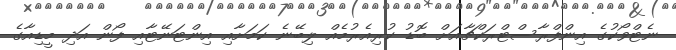
ނެޓްވޯކުގެ އިންފްރާސްޓްރަކްޗާއަށް ބޮޑު ކުރިއެރުމެއް ލިބޭނެ ކަމަށާއި އިންޓަނޭޓާއި ފޯން އަދި މީޑިއާގެ